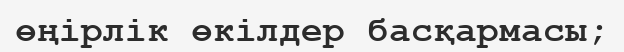
өңірлік өкілдер басқармасы;